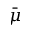
\bar { \mu }